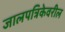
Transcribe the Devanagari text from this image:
जालपत्रिकेवरील